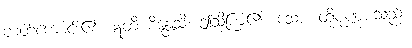
တတ်ကောင်း၏။ ဣတိ စိန္တေသိ၊ ဤသို့ကြံ၏။ သော၊ ထိုပုဏ္ဏားသည်။